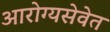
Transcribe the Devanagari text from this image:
आरोग्यसेवेत